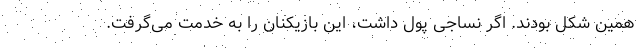
همین شکل بودند. اگر نساجی پول داشت، این بازیکنان را به خدمت می‌گرفت.